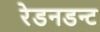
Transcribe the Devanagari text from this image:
रेडनडन्ट